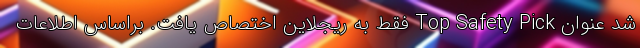
شد عنوان Top Safety Pick فقط به ریجلاین اختصاص یافت. براساس اطلاعات